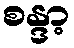
စန္ဒာ့